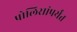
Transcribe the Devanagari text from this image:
पोलिसांपर्यंत